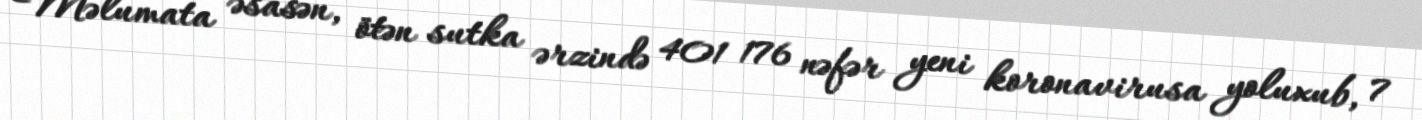
Məlumata əsasən, ötən sutka ərzində 401 176 nəfər yeni koronavirusa yoluxub, 7